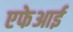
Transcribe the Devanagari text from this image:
एफेआई